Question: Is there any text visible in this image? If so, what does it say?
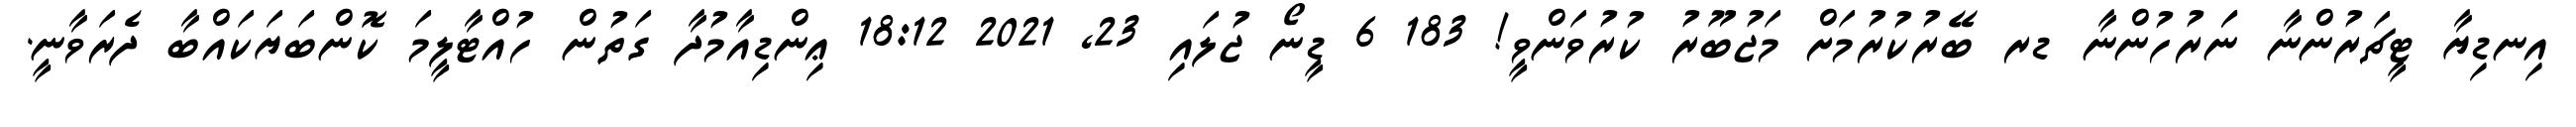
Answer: އިނޑިޔާ ޓީޗަރުންނާ ނަަރުހުންނާ ޑރ ބޭރުކުރުމަށް މަޖުބޫރު ކުރުވަންވީ! 183 6 ޑީނޯ ޖުލައި 23, 2021 18:12 ޢިންޑިއާމުދާ ގަތުން ހުއްޓާލީމަ ކޮންބަޔަކައްބާ ދެރަވާނީ.